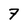
Character: 7